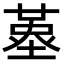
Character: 𡏳